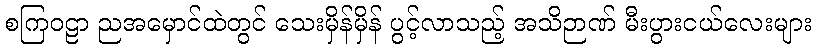
စကြဝဠာ ညအမှောင်ထဲတွင် သေးမှိန်မှိန် ပွင့်လာသည့် အသိဉာဏ် မီးပွားငယ်လေးများ